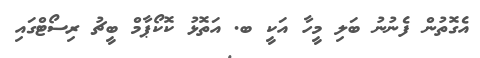
އެގޮތުން ފެނުނު ބަލި މީހާ އަކީ ބ. އަތޮޅު ކޮކޯޕާމް ބީޗު ރިސޯޓްގައި